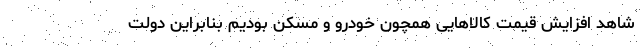
شاهد افزایش قیمت‌ کالاهایی همچون خودرو و مسکن بودیم بنابراین دولت